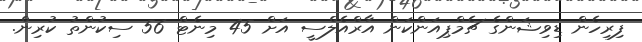
ފިރިހެން ޑިވިޝަންގެ ޗެމްޕިއަންކަން އާރްއެލްސީ އަށް 45 މިނެޓް 56 ސިކުންތު ކުރިން.